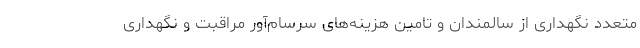
متعدد نگهداری از سالمندان و تامین هزینه‌های سرسام‌آور مراقبت و نگهداری